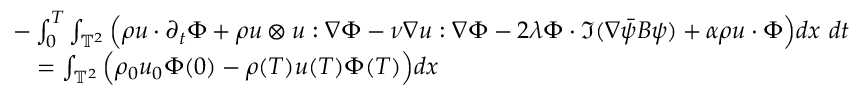
\begin{array} { r l } & { - \int _ { 0 } ^ { T } \int _ { \mathbb { T } ^ { 2 } } \Big ( \rho u \cdot \partial _ { t } \Phi + \rho u \otimes u : \nabla \Phi - \nu \nabla u : \nabla \Phi - 2 \lambda \Phi \cdot \Im ( \nabla \Bar { \psi } B \psi ) + \alpha \rho u \cdot \Phi \Big ) d x \ d t } \\ & { \quad = \int _ { \mathbb { T } ^ { 2 } } \Big ( \rho _ { 0 } u _ { 0 } \Phi ( 0 ) - \rho ( T ) u ( T ) \Phi ( T ) \Big ) d x } \end{array}